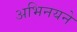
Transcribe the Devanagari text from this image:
अभिनयने